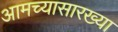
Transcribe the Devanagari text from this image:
आमच्यासारख्या